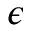
\epsilon